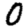
Digit: 0